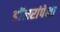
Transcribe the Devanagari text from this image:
डॉलरांपेक्षा